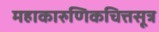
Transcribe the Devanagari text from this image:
महाकारुणिकचित्तसूत्र